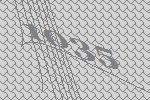
1035